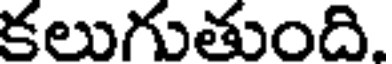
కలుగుతుంది.